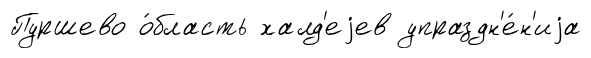
Пуршево о́бласть халд'еjев упраздн'е́н'иjа